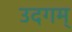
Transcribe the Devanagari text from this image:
उदगम्